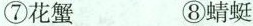
⑦花蟹 ⑧蜻蜓